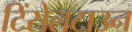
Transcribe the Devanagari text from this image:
टिंसेलटाउन